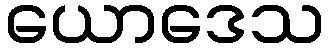
ယောဒေသ